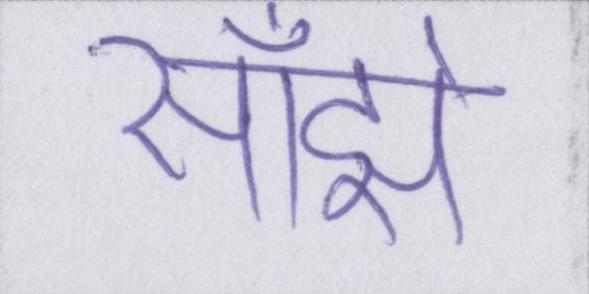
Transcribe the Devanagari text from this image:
साँझे